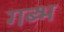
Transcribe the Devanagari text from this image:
गब्भ